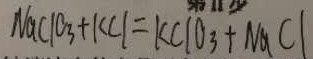
N a C l O _ { 3 } + K C l = K C l O _ { 3 } + N a C l